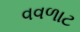
વવળાટ